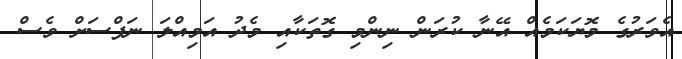
އެވަރުގެ މޮޔަކަމެއް އޭނާ ކުރަން ނިންމި ގޮތަކާއި މެދު އަމިއްލަ ނަފްސަށް ވެސް